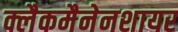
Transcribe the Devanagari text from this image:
क्लैकमैनेनशायर